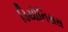
ડિયોનિસસ